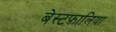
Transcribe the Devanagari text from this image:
बेस्टफ़ालिया